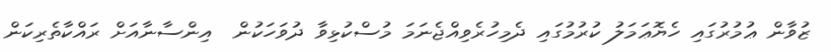
ޒުވާން ޢުމުރުގައި ހެޔޮޢަމަލު ކުރުމުގައި ދެމިހުރެވިއްޖެނަމަ މުސްކުޅިވާ ދުވަހަކުން  އިންސާނާއަށް ރައްކާތެރިކަން